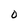
Character: O